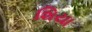
શિયા